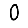
Digit: 0